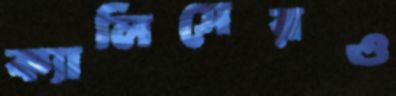
ক্যালিসেরও